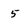
Character: 5